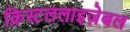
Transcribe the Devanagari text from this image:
क्रिस्टललाइज़ेबल